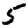
Digit: 5